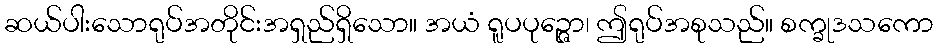
ဆယ်ပါးသောရုပ်အတိုင်းအရှည်ရှိသော။ အယံ ရူပပုဉ္ဇော၊ ဤရုပ်အစုသည်။ စက္ခုဒသကော